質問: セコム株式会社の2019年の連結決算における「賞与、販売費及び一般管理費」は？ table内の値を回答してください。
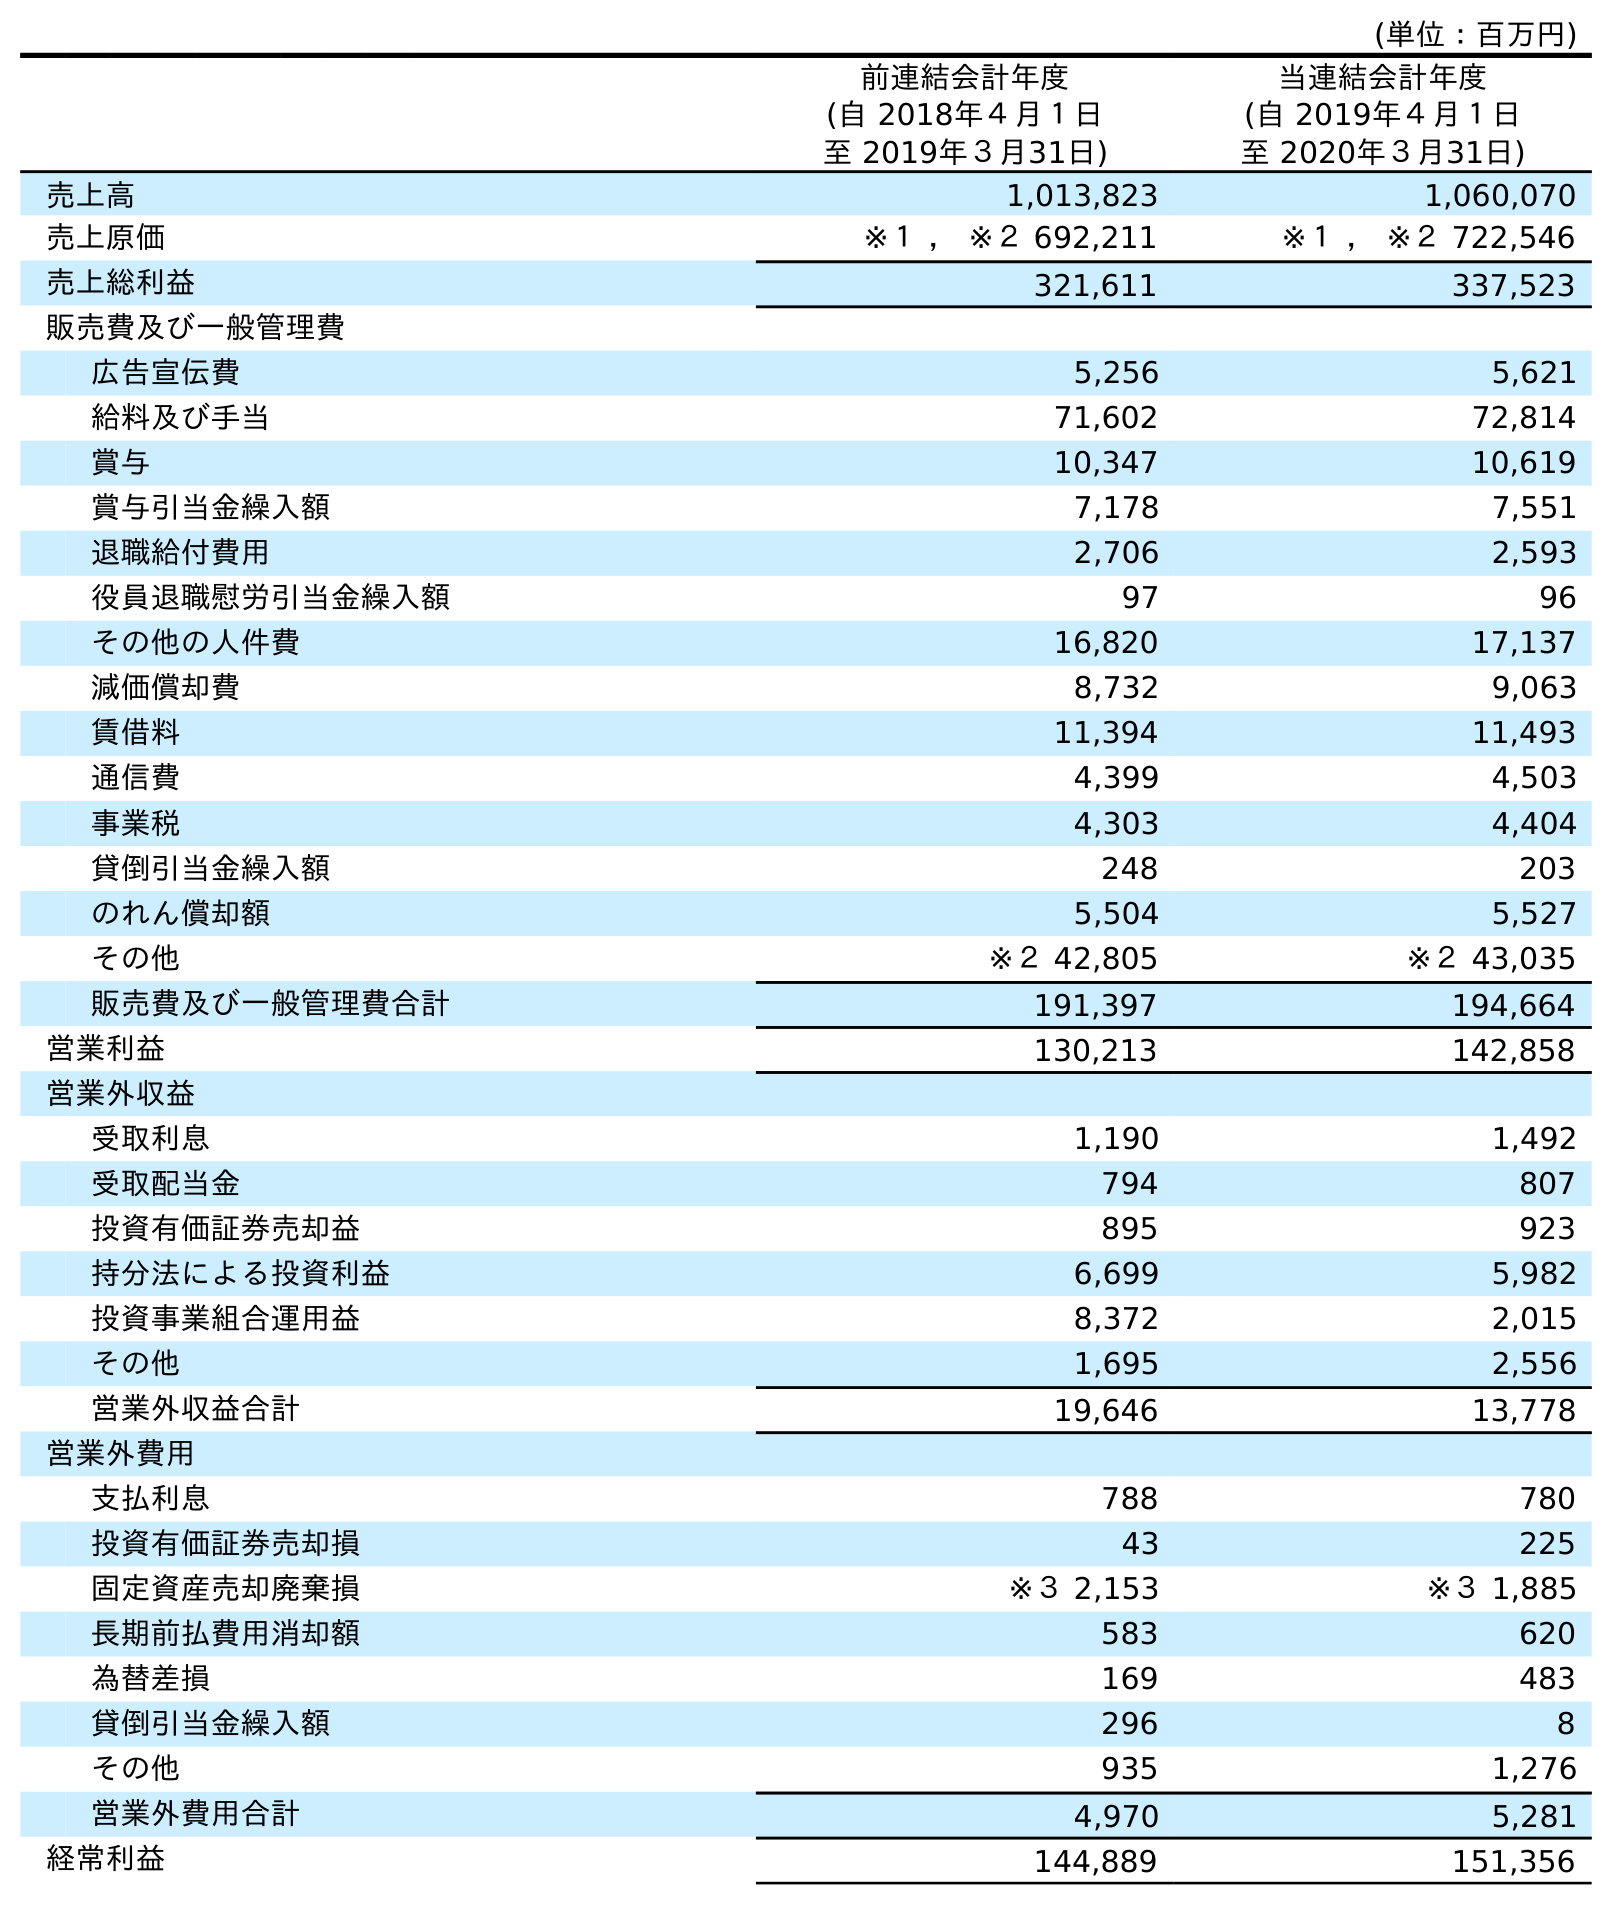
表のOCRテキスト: (単位：百万円) 前連結会計年度 (自 2018年４月１日 至 2019年３月31日) 当連結会計年度 (自 2019年４月１日 至 2020年３月31日) 売上高 1,013,823 1,060,070 売上原価 ※１ ， ※２ 692,211 ※１ ， ※２ 722,546 売上総利益 321,611 337,523 販売費及び一般管理費 広告宣伝費 5,256 5,621 給料及び手当 71,602 72,814 賞与 10,347 10,619 賞与引当金繰入額 7,178 7,551 退職給付費用 2,706 2,593 役員退職慰労引当金繰入額 97 96 その他の人件費 16,820 17,137 減価償却費 8,732 9,063 賃借料 11,394 11,493 通信費 4,399 4,503 事業税 4,303 4,404 貸倒引当金繰入額 248 203 のれん償却額 5,504 5,527 その他 ※２ 42,805 ※２ 43,035 販売費及び一般管理費合計 191,397 194,664 営業利益 130,213 142,858 営業外収益 受取利息 1,190 1,492 受取配当金 794 807 投資有価証券売却益 895 923 持分法による投資利益 6,699 5,982 投資事業組合運用益 8,372 2,015 その他 1,695 2,556 営業外収益合計 19,646 13,778 営業外費用 支払利息 788 780 投資有価証券売却損 43 225 固定資産売却廃棄損 ※３ 2,153 ※３ 1,885 長期前払費用消却額 583 620 為替差損 169 483 貸倒引当金繰入額 296 8 その他 935 1,276 営業外費用合計 4,970 5,281 経常利益 144,889 151,356
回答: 10,347